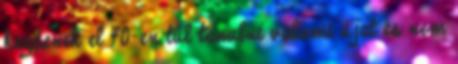
kezdenek el 40-en túl tanulni valami újat és nem